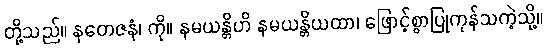
တို့သည်။ နတေဇနံ၊ ကို။ နမယန္တိဟိ နမယန္တိယထာ၊ ဖြောင့်စွာပြုကုန်သကဲ့သို့။